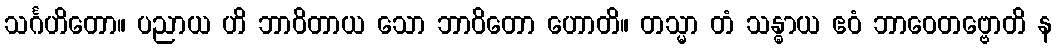
သင်္ဂဟိတော။ ပညာယ ဟိ ဘာဝိတာယ သော ဘာဝိတော ဟောတိ။ တသ္မာ တံ သန္ဓာယ ဧဝံ ဘာဝေတဗ္ဗောတိ န